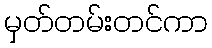
မှတ်တမ်းတင်ကာ